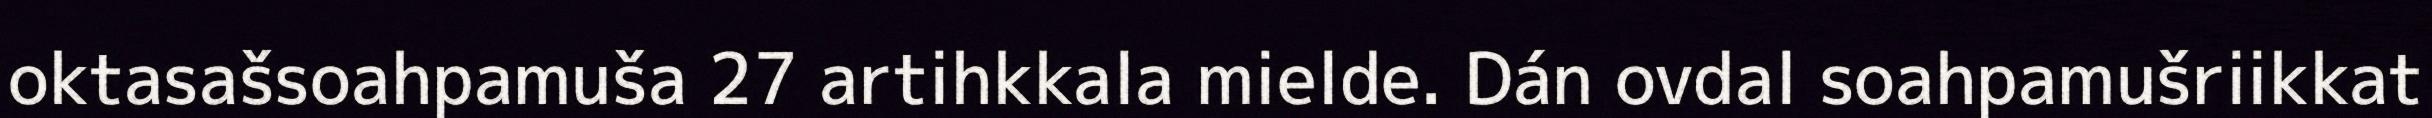
oktasašsoahpamuša 27 artihkkala mielde. Dán ovdal soahpamušriikkat